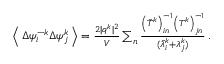
\begin{array} { r } { \left\langle \, \Delta \psi _ { i } ^ { - k } \Delta \psi _ { j } ^ { k } \, \right\rangle = \frac { 2 \vert \boldsymbol { q } ^ { k } \vert ^ { 2 } } { V } \sum _ { n } \frac { \left( \bar { T } ^ { k } \right) _ { i n } ^ { - 1 } \left( T ^ { k } \right) _ { j n } ^ { - 1 } } { ( \bar { \lambda } _ { i } ^ { k } + \lambda _ { j } ^ { k } ) } \, . } \end{array}